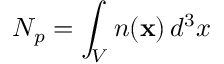
N _ { p } = \int _ { V } n ( { \bf x } ) \, d ^ { 3 } x